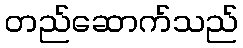
တည်ဆောက်သည်